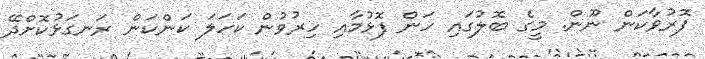
ފޮރުވާކަން ނޫން. މީގެ ބޮލުގައި ހަން ފޮޅުމާއި ހިރުވުން ކަހަލަ ކަންކަން ރަނގަޅުކޮށްދޭ